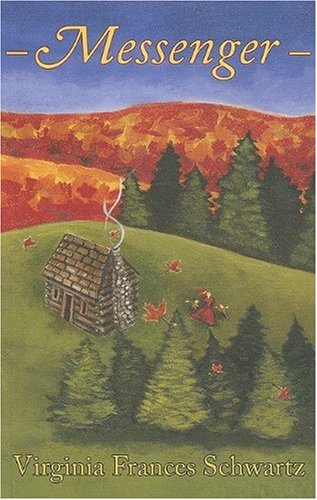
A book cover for Messenger; Virginia Frances Schwartz; Teen & Young Adult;